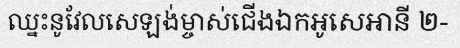
ឈ្នះនូវែលសេឡង់ម្ចាស់ជើងឯកអូសេអានី ២-